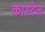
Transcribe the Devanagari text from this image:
कास्टेल